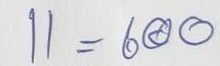
11 = 600